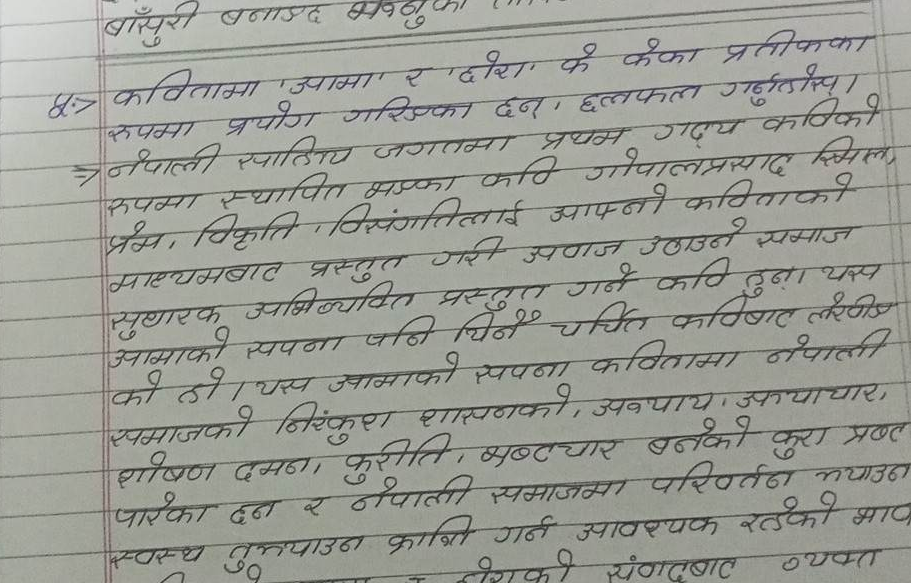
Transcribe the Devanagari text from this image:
५. कवितामा 'आमा' र 'छोरा' के फेका प्रतीकका
रुपमा प्रयोग गरिएका छन । छलफल गर्नुहोस् ।
नेपाली साहिरय जगतमा प्रथम गढ्‌य कविको
रूपमा स्थापित भएका कठि गोपालप्रसाद स्मिल,
प्रेम, विकृति विसंगतित्लाई आफ्नो कविताको
माध्यमबाट प्रस्तुत गरी अवाज उठाउने समाज
/
बारक अभिव्यक्ति प्रस्तुत गर्न कवि हुना यस
आमाको सपना पनि चिनै चर्चित कविबाट लेरीज
आमाक
को हो। यस आमाको सपना कवितामा नेपाली
समाजको निरंकुश शासनको अन्याय, फ्याचार,
शोषण दमन, कुरीति, मन्त्चार बनेको कुरा प्रष्ट
पारेका छन र नेपाली समाजमा परिवर्तन भयाउन
स्वस्थ तुझ्याउन काबित गर्न आवश्यक रहेको माप
स्वस्थ तुल्याउन क्राानाभाको संगदबाट व्यक्त